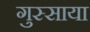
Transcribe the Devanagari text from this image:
गुस्साया